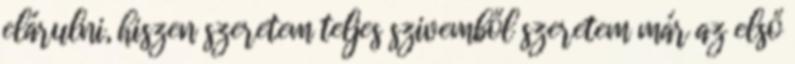
elárulni, hiszen szeretem teljes szivemből szeretem már az első